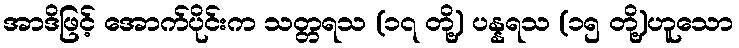
အာဒိဖြင့် အောက်ပိုင်းက သတ္တရသ (၁၇ တို့) ပန္နရသ (၁၅ တို့)ဟူသော